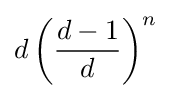
d\left({\frac {d-1}{d}}\right)^{n}